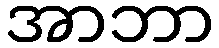
အာဘာ